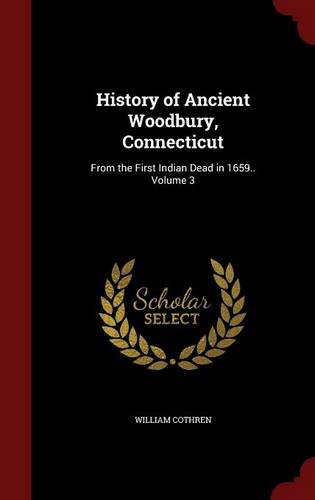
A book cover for History of Ancient Woodbury, Connecticut: From the First Indian Dead in 1659.. Volume 3; William Cothren; Biographies & Memoirs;